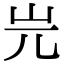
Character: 𡵂